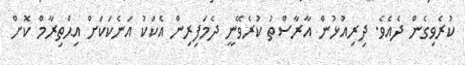
ކުރެވިގެން ދެއެވެ. ދިރިއުޅުން އާރާސްތު ކުރެވޭނީ ދެމަފިރިން އެކަކު އަނެކަކަށް އިޙްތިރާމް ކޮށް